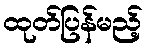
ထုတ်ပြန်မည့်